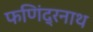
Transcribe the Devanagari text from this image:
फणिंद्रनाथ